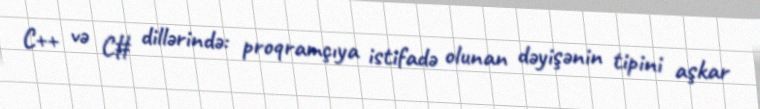
C++ və C# dillərində: proqramçıya istifadə olunan dəyişənin tipini aşkar